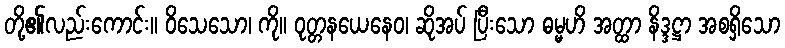
တို့၏လည်းကောင်း။ ဝိသေသော၊ ကို။ ဝုတ္တနယေနေဝ၊ ဆိုအပ် ပြီးသော ဓမ္မဟိ အတ္ထာ နိဒ္ဒဋ္ဌာ အစရှိသော